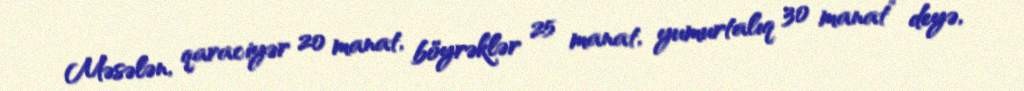
Məsələn, qaraciyər 20 manat, böyrəklər 25 manat, yumurtalıq 30 manat” deyə,